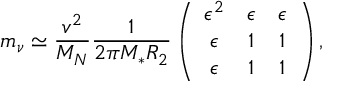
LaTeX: m _ { \nu } \simeq \frac { v ^ { 2 } } { M _ { N } } \frac { 1 } { 2 \pi M _ { \ast } R _ { 2 } } \left( \begin{array} { c c c } { { \epsilon ^ { 2 } } } & { { \epsilon } } & { { \epsilon } } \\ { { \epsilon } } & { { 1 } } & { { 1 } } \\ { { \epsilon } } & { { 1 } } & { { 1 } } \end{array} \right) ,